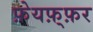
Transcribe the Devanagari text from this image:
फ़ेयफ़्फ़र